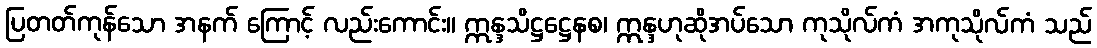
ပြတတ်ကုန်သော အနက် ကြောင့် လည်းကောင်း။ ဣန္ဒသိဋ္ဌဋ္ဌေနစ၊ ဣန္ဒဟုဆိုအပ်သော ကုသိုလ်ကံ အကုသိုလ်ကံ သည်